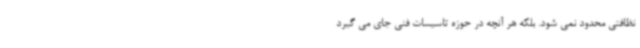
نظافتی محدود نمی شود. بلکه هر آنچه در حوزه تاسیسات فنی جای می گیرد